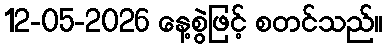
12-05-2026 နေ့စွဲဖြင့် စတင်သည်။